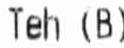
TEH (B)